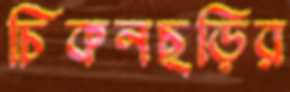
চিকনছড়ির